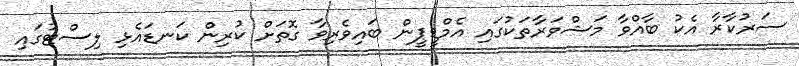
ސަރުކާރާ އެކު ބާއްވާ މަޝްވަރާތަކުގައި އެމްޑީޕީން ބައިވެރިވާ ގޮތަށް ކުރިން ކަނޑައެޅި ލިސްޓުގައި